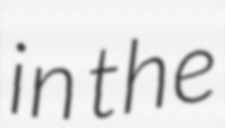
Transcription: in the